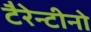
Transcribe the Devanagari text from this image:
टैरेन्टीनो